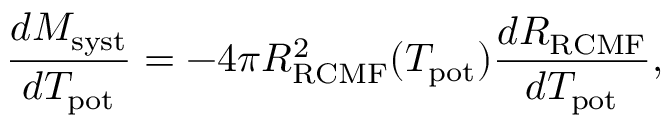
\frac { d M _ { \mathrm { s y s t } } } { d T _ { \mathrm { p o t } } } = - 4 \pi R _ { \mathrm { R C M F } } ^ { 2 } ( T _ { \mathrm { p o t } } ) \frac { d R _ { \mathrm { R C M F } } } { d T _ { \mathrm { p o t } } } ,